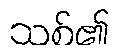
သစ်၏